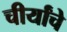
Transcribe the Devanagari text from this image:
चीर्यांचे